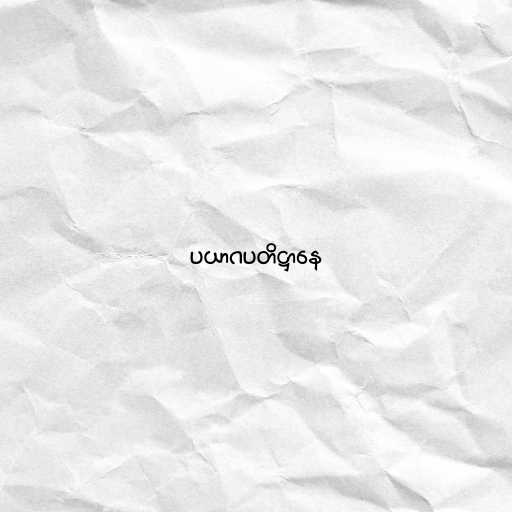
ပယာဂပတိဋ္ဌာနေ